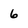
Character: 6